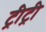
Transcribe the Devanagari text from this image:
ट्रीट्री